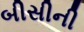
બીસીની